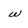
Character: w